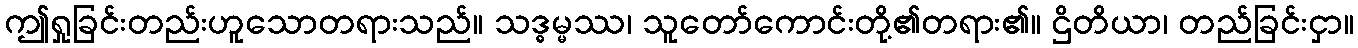
ဤရှုခြင်းတည်းဟူသောတရားသည်။ သဒ္ဓမ္မဿ၊ သူတော်ကောင်းတို့၏တရား၏။ ဌိတိယာ၊ တည်ခြင်းငှာ။